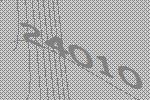
24010